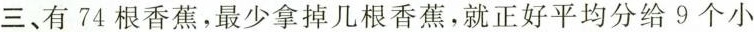
三、有74根香蕉，最少拿掉几根香蕉，就正好平均分给9个小